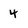
Character: 4